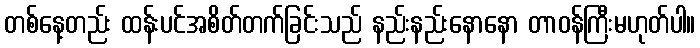
တစ်နေ့တည်း ထန်းပင်အစိတ်တက်ခြင်းသည် နည်းနည်းနောနော တာဝန်ကြီးမဟုတ်ပါ။